Newspaper: Nashville patriot. [volume]
Place of publication: Nashville, Tenn.
Publisher: Smith, Camp & Co.
Date: 1860-04-13 00:00:00
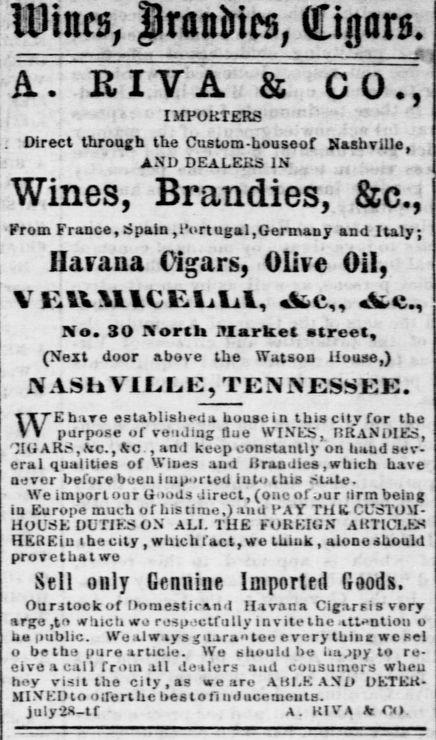
Advertisement text (OCR):
A. R I V A & CO., IMPORTERS r Direct through the Custom-houseof NashvUle, AND DEALERS IN , Wines, Brandies, &c, From France, Spain, Portugal, Germany and Italy; Havana Cigars, Olive Oil, VKttMlCElABAl, aVC .Ve., No. 30 North Market street. (Next door above the Watson House,) NAS la V1LLE, TENNESSEE. WE have establisheda house in this city for the purpose of vending Oue WINES RR'aNDIES, Hi ARS.AiC, fcc , and keep constantly on baud sev eral qualities of Wines aud it ran dies, wbicb have never before boen imported into this State. We import our Goods direct, (one ofour Hrm being iu Europe much of his lime.) mid PAY TH It CUSTOM HOUSE DUT1KS ON ALL TUE r OKr.ltiN AKTICJ.KW HEREin the city .which fact, we tuiuk, alone should provethatwe Sell only Genuine Imported Goods. Ountock of Domestirand Havana Cigarsiavery arge ,t which wo respectfully invitelhe attention o h. public. Wealwiysguaralee everythiuc wesel o be tbe pure article. We should be lia jpy to re eiveacall from all dealers and cousumers when hoy visit the city, as we are AHI.KAND DETER UIVKDtootrerthe besto fi uducemeuts. july2-tr A. KIVA ft fit.
Label: text-only